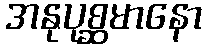
အနုပုစ္ဆမာနော